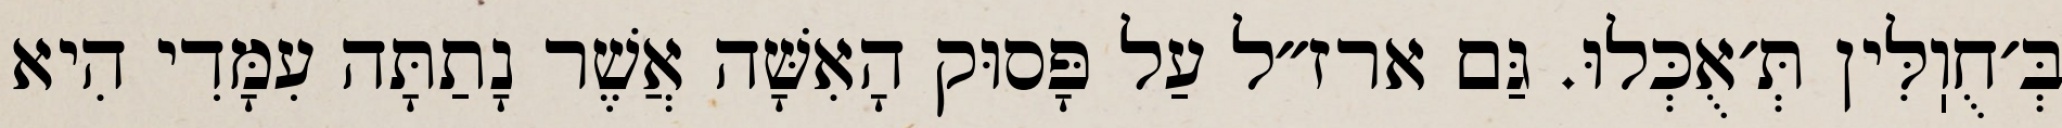
בְּ׳חֻוֽלִּין תְּ׳אֻכְּלוּ. גַּם ארז״ל עַל פָּסוּק הָאִשָּׁה אֲשֶׁר נָתַתָּה עִמָּדִי הִיא